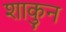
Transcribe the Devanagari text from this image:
शाकुन